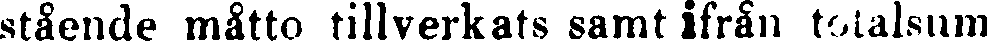
stående måtto tillverkats samt ifrån totalsum